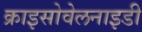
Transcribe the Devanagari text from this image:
क्राइसोवेलनाइडी